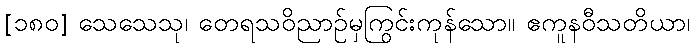
[၁၈၀] သေသေသု၊ တေရသဝိညာဉ်မှကြွင်းကုန်သော။ ဧကူနဝီသတိယာ၊